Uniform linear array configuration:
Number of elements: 12
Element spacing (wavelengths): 0.25
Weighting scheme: exponential
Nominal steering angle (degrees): -30
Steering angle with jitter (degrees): -30.93
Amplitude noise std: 0.05
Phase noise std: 0.05

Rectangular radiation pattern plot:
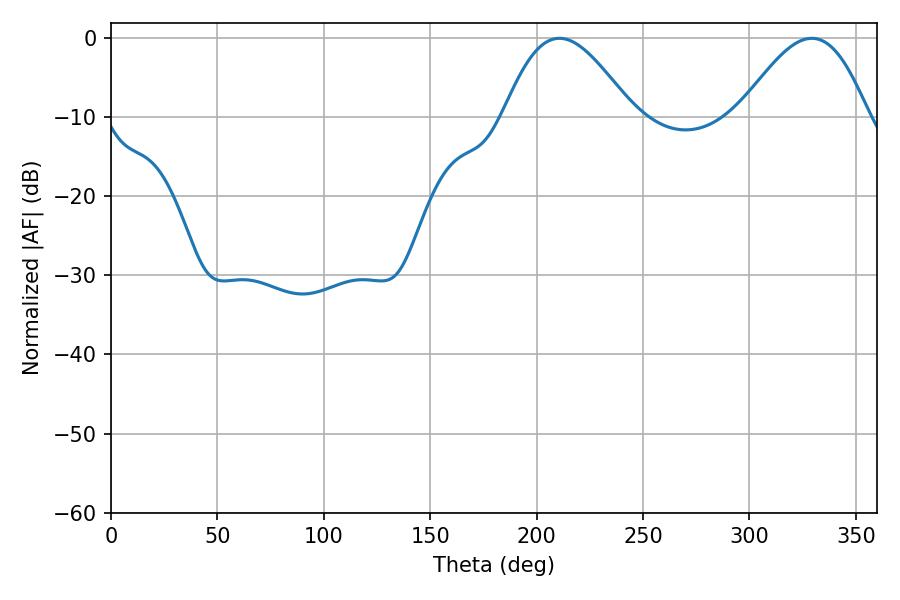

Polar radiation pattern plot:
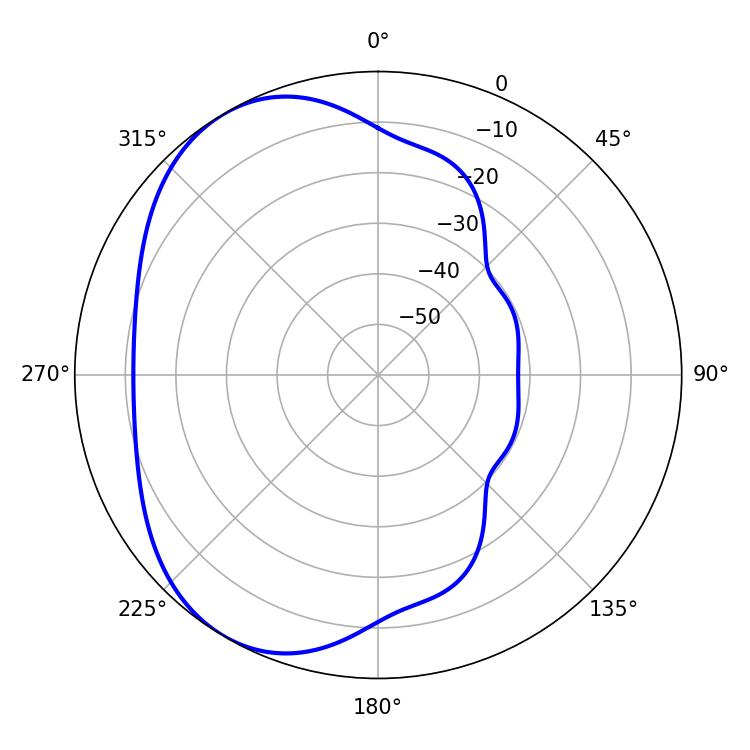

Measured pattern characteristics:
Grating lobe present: FALSE
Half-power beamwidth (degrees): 32.58
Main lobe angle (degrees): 210.78